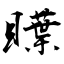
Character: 瞸